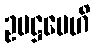
ဥပဋ္ဌပေဟိ